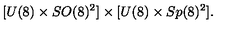
[ U ( 8 ) \times S O ( 8 ) ^ { 2 } ] \times [ U ( 8 ) \times S p ( 8 ) ^ { 2 } ] .